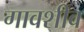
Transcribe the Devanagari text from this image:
गावशीव